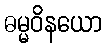
ဓမ္မဝိနယော